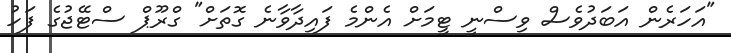
"އަހަރެން އަބަދުވެސް ވިސްނީ ޓީމަށް އެންމެ ފައިދާވާނެ ގޮތަށް" ގްރޫޕް ސްޓޭޖުގެ ފަހު